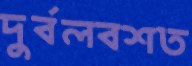
দুর্বলবশত